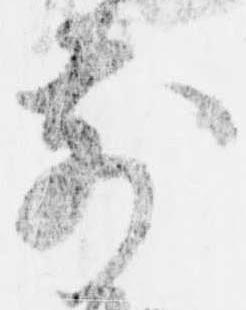
前